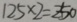
1 2 5 \times 2 = 2 5 0